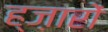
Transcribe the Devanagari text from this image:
ह्ज़ारों